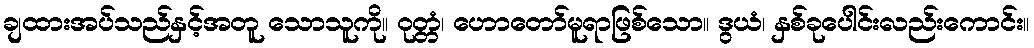
ချထားအပ်သည်နှင့်အတူ သောသူကို။ ဝုတ္တံ၊ ဟောတော်မူရာဖြစ်သော။ ဒွယံ၊ နှစ်ခုပေါင်းလည်းကောင်း။